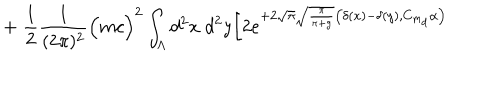
+ \; \frac { 1 } { 2 } \frac { 1 } { ( 2 \pi ) ^ { 2 } } \Big ( m c \Big ) ^ { 2 } \int _ { \Lambda } d ^ { 2 } x \; d ^ { 2 } y \bigg [ 2 e ^ { + 2 \sqrt { \pi } \sqrt { \frac { \pi } { \pi + g } } \big ( \delta ( x ) - \delta ( y ) , C _ { m _ { d } } \alpha \big ) }